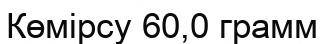
Көмірсу 60,0 грамм